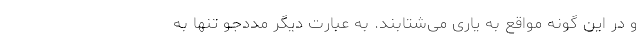
و در این گونه مواقع به یاری می‌شتابند. به عبارت دیگر مددجو تنها به